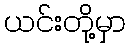
ယင်းတို့မှာ